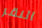
النقر